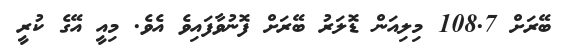
ބޭރަށް 108.7 މިލިއަން ޑޮލަރު ބޭރަށް ފޮނުވާފައިވެ އެވެ. މިއީ އޭގެ ކުރީ